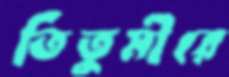
তিতুমীরে